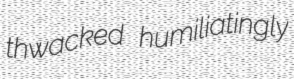
thwacked humiliatingly